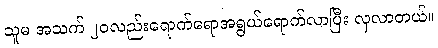
သူမ အသက် ၂၀လည်းရောက်ရောအရွယ်ရောက်လာပြီး လှလာတယ်။